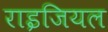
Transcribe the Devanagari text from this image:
राइजियल